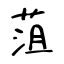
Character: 菹